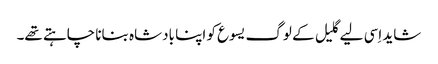
‏ شاید اِسی لیے گلیل کے لوگ یسوع کو اپنا بادشاہ بنانا چاہتے تھے۔